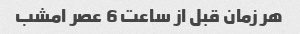
هر زمان قبل از ساعت 6 عصر امشب